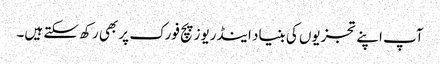
آپ اپنے تجزیوں کی بنیاد اینڈریوز پچ فورک پر بھی رکھ سکتے ہیں۔